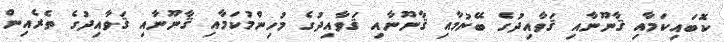
ކޮބައިކަމާއި ޤާނޫނާއި ޤަވާއިދުގެ ބޭނުމާއި ޤާނޫނާއި ޤަވާއިދުގެ މުހިންމުކަމާއި ޤާނޫނާއި ޤަވާއިދުގެ ތެރެއިން